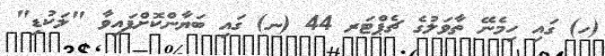
(ހ) ގައި ހިމެނޭ ތާވަލުގެ ޗެޕްޓަރ 44 (ނ) ގައި ބަޔާންކޮށްފައިވާ "ލަކުޑި"